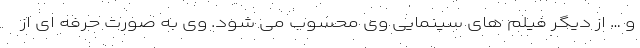
و … از دیگر فیلم های سینمایی وی محسوب می شود. وی به صورت حرفه ای از